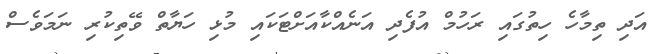
އަދި ތިމާހެ ހިތުގައި ރަހުމް އުފެދި އަނެއްކާއަށްޓަކައި މުޅި ހަޔާތް ވޭތިކުރި ނަމަވެސް